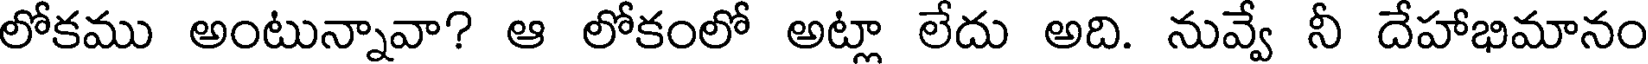
లోకము అంటున్నావా? ఆ లోకంలో అట్లా లేదు అది. నువ్వే నీ దేహాభిమానం